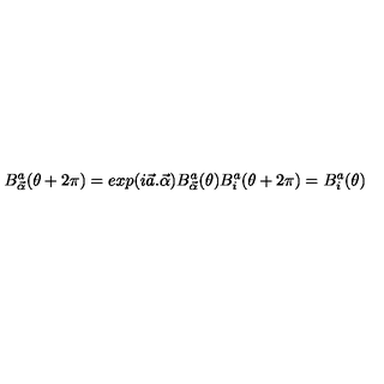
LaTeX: B _ { \vec { \alpha } } ^ { a } ( \theta + 2 \pi ) = e x p ( i \vec { a } . \vec { \alpha } ) B _ { \vec { \alpha } } ^ { a } ( \theta ) B _ { i } ^ { a } ( \theta + 2 \pi ) = B _ { i } ^ { a } ( \theta )